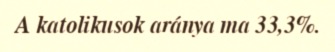
A katolikusok aránya ma 33,3%.